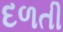
દળતી